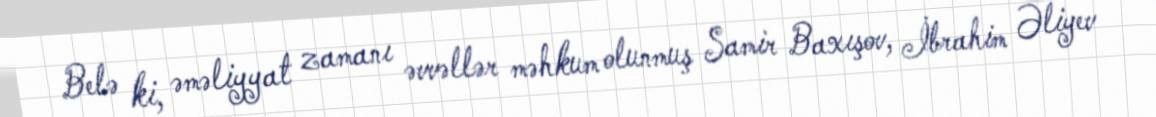
Belə ki, əməliyyat zamanı əvvəllər məhkum olunmuş Samir Baxışov, İbrahim Əliyev